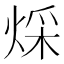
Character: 𤊕